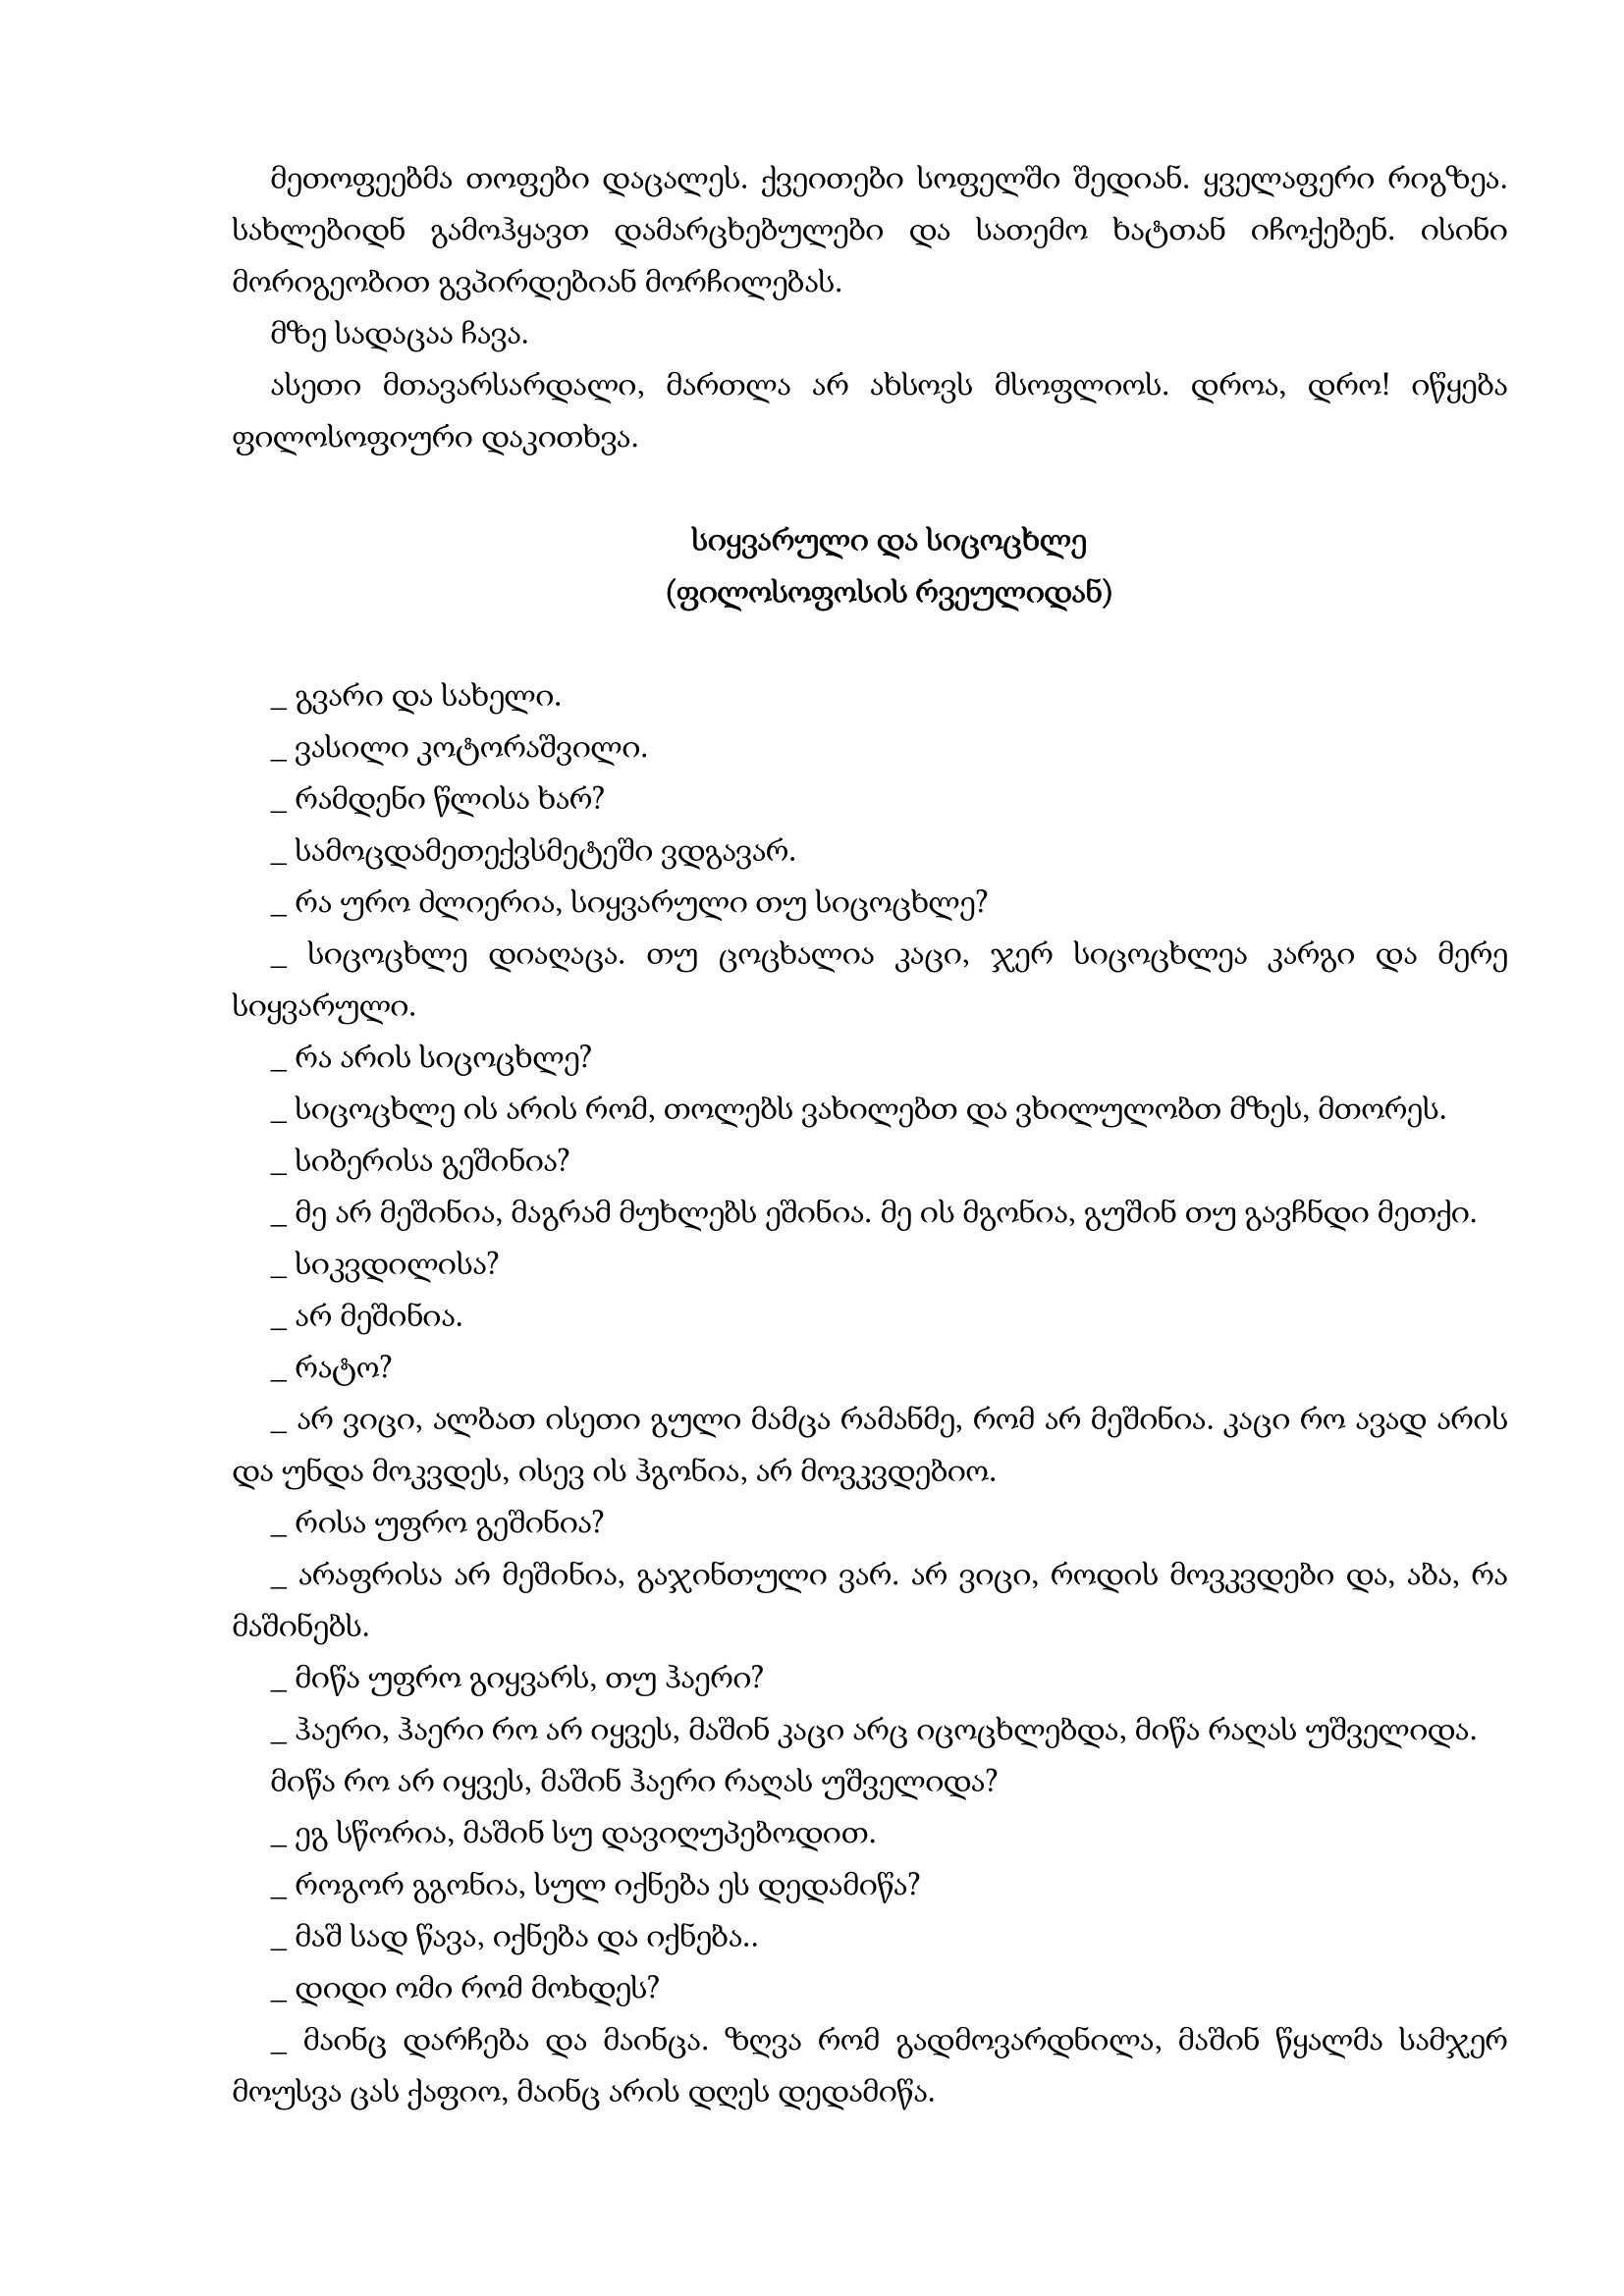
Language: gr